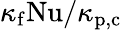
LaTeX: \kappa_{\mathrm{f}}\mathrm{Nu}/\kappa_{\textrm{p,c}}